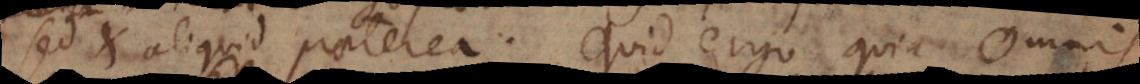
sed et aliquid praeterea. Quid ergo quia Omnis